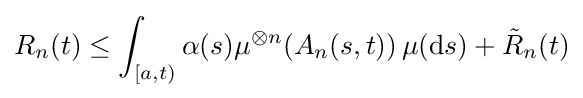
R_{n}(t)\leq \int _{[a,t)}\alpha (s)\mu ^{\otimes n}(A_{n}(s,t))\,\mu (\mathrm {d} s)+{\tilde {R}}_{n}(t)